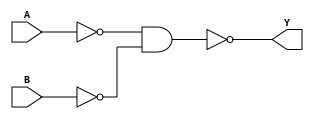
module xor_gate(
    input wire A,
    input wire B,
    output reg Y
);

wire w1, w2, w3;

// Stage 1: Inverters
not U1(w1, A);
not U2(w2, B);

// Stage 2: NAND gate
nand U3(w3, w1, w2);

// Transmission gate
assign Y = w3;

endmodule